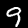
Label: 9